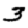
Digit: 3